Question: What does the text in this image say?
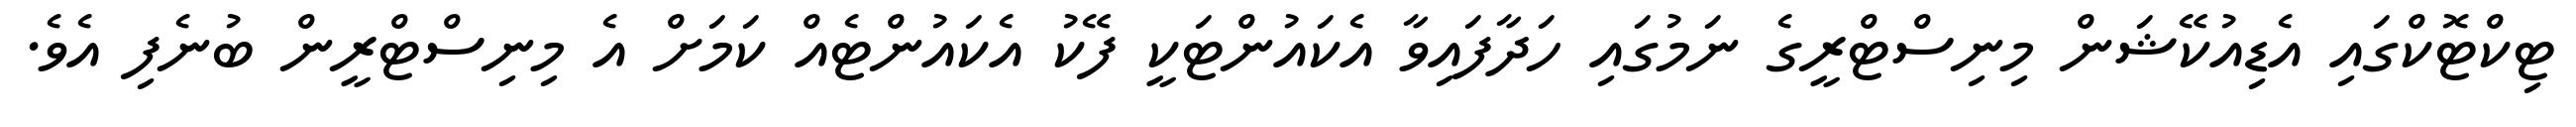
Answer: ޓިކްޓޮކްގައި އެޑިއުކޭޝަން މިނިސްޓްރީގެ ނަމުގައި ހަދާފައިވާ އެކައުންޓަކީ ފޭކު އެކައުންޓެއް ކަމަށް އެ މިނިސްޓްރީން ބުނެފި އެވެ.